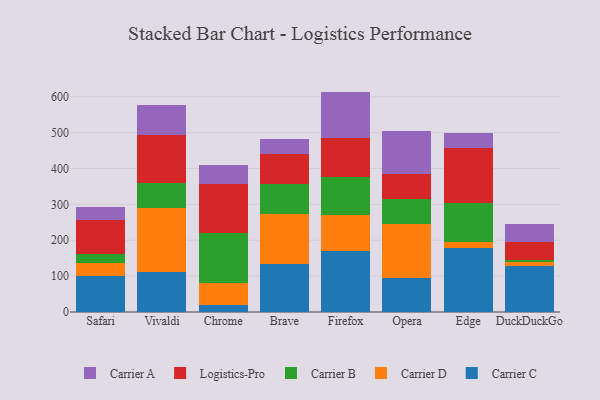
{"axis": {"x": "Browser", "y": "Energy Usage (MWh)"}, "legend": ["Carrier A", "Carrier B", "Carrier C", "Carrier D", "Logistics-Pro"], "data": [{"x": "Safari", "y": 99.8, "type": "Carrier C"}, {"x": "Safari", "y": 35.6, "type": "Carrier D"}, {"x": "Safari", "y": 26.8, "type": "Carrier B"}, {"x": "Safari", "y": 93.5, "type": "Logistics-Pro"}, {"x": "Safari", "y": 37.9, "type": "Carrier A"}, {"x": "Vivaldi", "y": 110.8, "type": "Carrier C"}, {"x": "Vivaldi", "y": 178.5, "type": "Carrier D"}, {"x": "Vivaldi", "y": 69.8, "type": "Carrier B"}, {"x": "Vivaldi", "y": 135.0, "type": "Logistics-Pro"}, {"x": "Vivaldi", "y": 81.9, "type": "Carrier A"}, {"x": "Chrome", "y": 19.6, "type": "Carrier C"}, {"x": "Chrome", "y": 62.6, "type": "Carrier D"}, {"x": "Chrome", "y": 138.6, "type": "Carrier B"}, {"x": "Chrome", "y": 135.4, "type": "Logistics-Pro"}, {"x": "Chrome", "y": 52.9, "type": "Carrier A"}, {"x": "Brave", "y": 132.5, "type": "Carrier C"}, {"x": "Brave", "y": 140.7, "type": "Carrier D"}, {"x": "Brave", "y": 84.2, "type": "Carrier B"}, {"x": "Brave", "y": 83.2, "type": "Logistics-Pro"}, {"x": "Brave", "y": 43.0, "type": "Carrier A"}, {"x": "Firefox", "y": 170.2, "type": "Carrier C"}, {"x": "Firefox", "y": 101.2, "type": "Carrier D"}, {"x": "Firefox", "y": 104.9, "type": "Carrier B"}, {"x": "Firefox", "y": 107.8, "type": "Logistics-Pro"}, {"x": "Firefox", "y": 130.3, "type": "Carrier A"}, {"x": "Opera", "y": 94.6, "type": "Carrier C"}, {"x": "Opera", "y": 150.8, "type": "Carrier D"}, {"x": "Opera", "y": 69.6, "type": "Carrier B"}, {"x": "Opera", "y": 68.7, "type": "Logistics-Pro"}, {"x": "Opera", "y": 120.8, "type": "Carrier A"}, {"x": "Edge", "y": 177.5, "type": "Carrier C"}, {"x": "Edge", "y": 17.8, "type": "Carrier D"}, {"x": "Edge", "y": 107.6, "type": "Carrier B"}, {"x": "Edge", "y": 154.1, "type": "Logistics-Pro"}, {"x": "Edge", "y": 43.0, "type": "Carrier A"}, {"x": "DuckDuckGo", "y": 128.7, "type": "Carrier C"}, {"x": "DuckDuckGo", "y": 10.5, "type": "Carrier D"}, {"x": "DuckDuckGo", "y": 6.7, "type": "Carrier B"}, {"x": "DuckDuckGo", "y": 49.0, "type": "Logistics-Pro"}, {"x": "DuckDuckGo", "y": 49.8, "type": "Carrier A"}]}